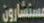
مستشارون